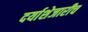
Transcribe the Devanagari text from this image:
दर्याशेजारीच